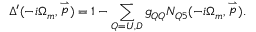
{ \Delta } ^ { \prime } ( - i \Omega _ { m } , \stackrel { \rightharpoonup } { p } ) = 1 - \sum _ { Q = U , D } g _ { Q Q } N _ { Q 5 } ( - i \Omega _ { m } , \stackrel { \rightharpoonup } { p } ) .